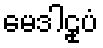
မေဒါဠုပံ